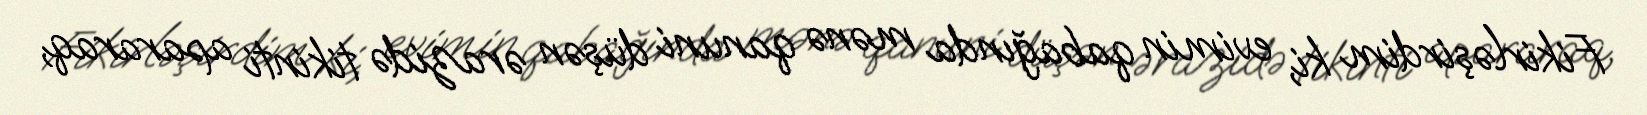
Fikirləşirdim ki, evimin qabağında mənə qanuni düşən ərazidə tikinti apararaq,